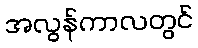
အလွန်ကာလတွင်